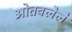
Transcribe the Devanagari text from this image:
ओतवलेले